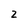
Character: 2